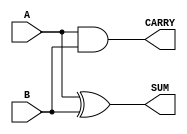
module Parameterized_Half_Adder #(
    parameter WIDTH = 1  // Default value for WIDTH is 1
)(
    input  [WIDTH-1:0] A,  // First operand
    input  [WIDTH-1:0] B,  // Second operand
    output [WIDTH-1:0] SUM, // Sum output
    output CARRY           // Carry output
);

    // Generate the SUM output as the bitwise XOR of A and B
    assign SUM = A ^ B;

    // Generate the CARRY output as the bitwise AND of A and B
    assign CARRY = |(A & B); // CARRY is high if any bit pair produces a carry

endmodule